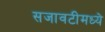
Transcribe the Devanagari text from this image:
सजावटीमध्ये